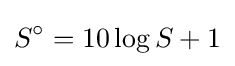
S^{\circ }=10\log S+1